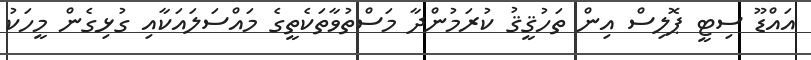
އައްޑޫ ސިޓީ ޕޮލިސް އިން ތަހުޤީޤު ކުރަމުންދާ މަސްތުވާތަކެތީގެ މައްސަލައަކާއި ގުޅިގެން މީހަކު